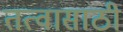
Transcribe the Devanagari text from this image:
तत्वासाठी